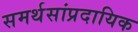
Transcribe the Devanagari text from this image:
समर्थसांप्रदायिक